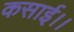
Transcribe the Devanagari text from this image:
कसाई।।